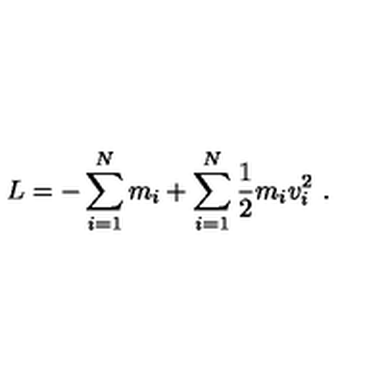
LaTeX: { L = - \sum _ { i = 1 } ^ { N } m _ { i } + \sum _ { i = 1 } ^ { N } { \frac { 1 } { 2 } } m _ { i } v _ { i } ^ { 2 } \ . }